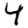
Digit: 4